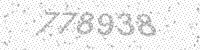
Solution: 778938